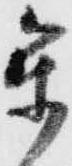
参